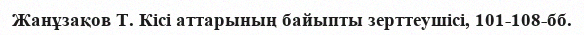
Жанұзақов Т. Кісі аттарының байыпты зерттеушісі, 101-108-бб.